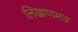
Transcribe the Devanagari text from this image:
लिखाणमात्र